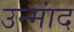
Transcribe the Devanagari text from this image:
उन्मांद